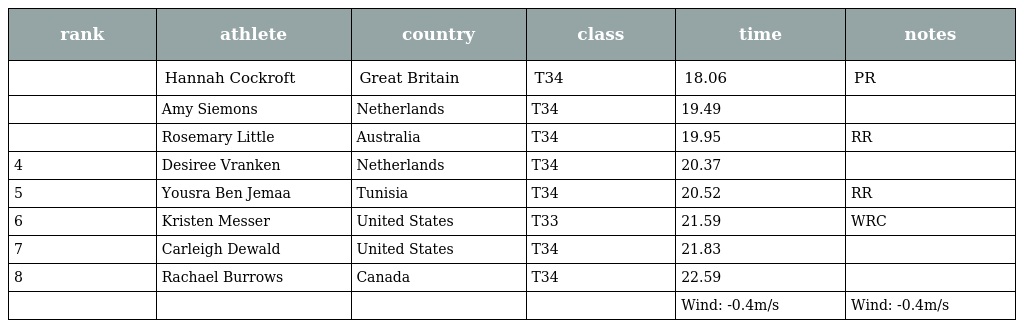
| rank | athlete | country | class | time | notes |
 | --- | --- | --- | --- | --- | --- |
 |  | Hannah Cockroft | Great Britain | T34 | 18.06 | PR |
 |  | Amy Siemons | Netherlands | T34 | 19.49 |  |
 |  | Rosemary Little | Australia | T34 | 19.95 | RR |
 | 4 | Desiree Vranken | Netherlands | T34 | 20.37 |  |
 | 5 | Yousra Ben Jemaa | Tunisia | T34 | 20.52 | RR |
 | 6 | Kristen Messer | United States | T33 | 21.59 | WRC |
 | 7 | Carleigh Dewald | United States | T34 | 21.83 |  |
 | 8 | Rachael Burrows | Canada | T34 | 22.59 |  |
 |  |  |  |  | Wind: -0.4m/s | Wind: -0.4m/s |